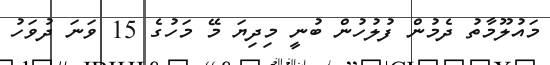
މައުލޫމާތު ދެމުން ފުލުހުން ބުނީ މިދިޔަ މޭ މަހުގެ 15 ވަނަ ދުވަހު